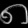
Digit: ၈